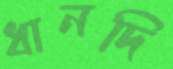
ধানদি